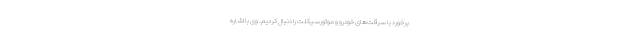
برخورد با سرقت‌های خودرو و موتورسیکلت را دنبال کردیم. وی با اشاره